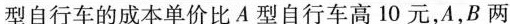
型自行车的成本单价比A型自行车高10元，A，B两